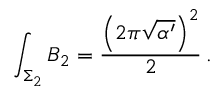
\int _ { \Sigma _ { 2 } } B _ { 2 } = \frac { \left( 2 \pi \sqrt { \alpha ^ { \prime } } \right) ^ { 2 } } { 2 } \, .